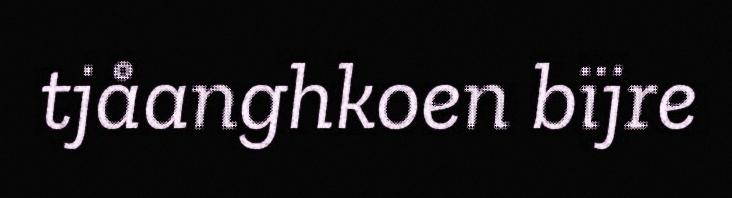
tjåanghkoen bïjre